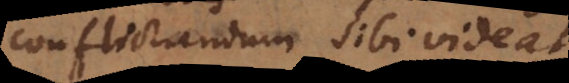
conflictandum sibi videat